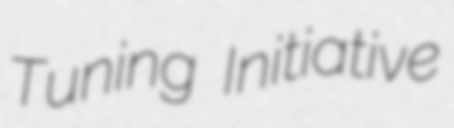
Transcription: Tuning Initiative